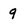
Character: 9